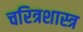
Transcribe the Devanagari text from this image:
चरित्रशास्त्र